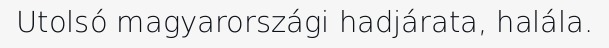
Utolsó magyarországi hadjárata, halála.